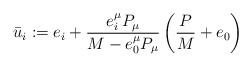
\begin{align*}\bar{u}_{i}:=e_{i}+\frac{e_{i}^{\mu}P_{\mu}}{M-e_0^{\mu}P_{\mu}}\left(\frac{P}{M}+e_0\right)\end{align*}